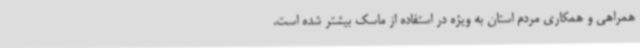
همراهی و همکاری مردم استان به ویژه در استفاده از ماسک بیشتر شده است.